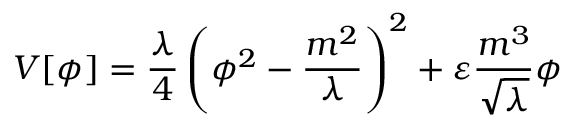
V [ \phi ] = \frac { \lambda } { 4 } \left( \phi ^ { 2 } - \frac { m ^ { 2 } } { \lambda } \right) ^ { 2 } + \varepsilon \frac { m ^ { 3 } } { \sqrt \lambda } \phi